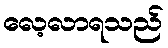
လေ့လာရသည်